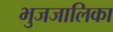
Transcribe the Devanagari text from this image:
भुजजालिका